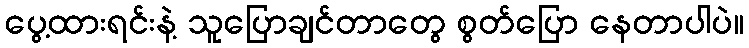
ပွေ့ထားရင်းနဲ့ သူပြောချင်တာတွေ စွတ်ပြော နေတာပါပဲ။